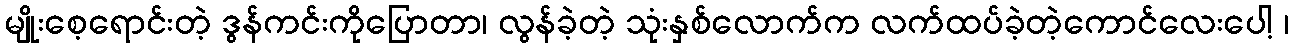
မျိုးစေ့ရောင်းတဲ့ ဒွန်ကင်းကိုပြောတာ၊ လွန်ခဲ့တဲ့ သုံးနှစ်လောက်က လက်ထပ်ခဲ့တဲ့ကောင်လေးပေါ့ ၊